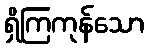
ရှိကြကုန်သော